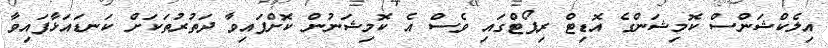
އިލެކްޝަންސް ކޮމިޝަންގެ އޮޑިޓް ރިޕޯޓްގައި ވެސް އެ ކޮމިޝަނުން ކޮށްފައިވާ ދަތުރުތަކަށް ކަނޑައަޅާފައިވާ